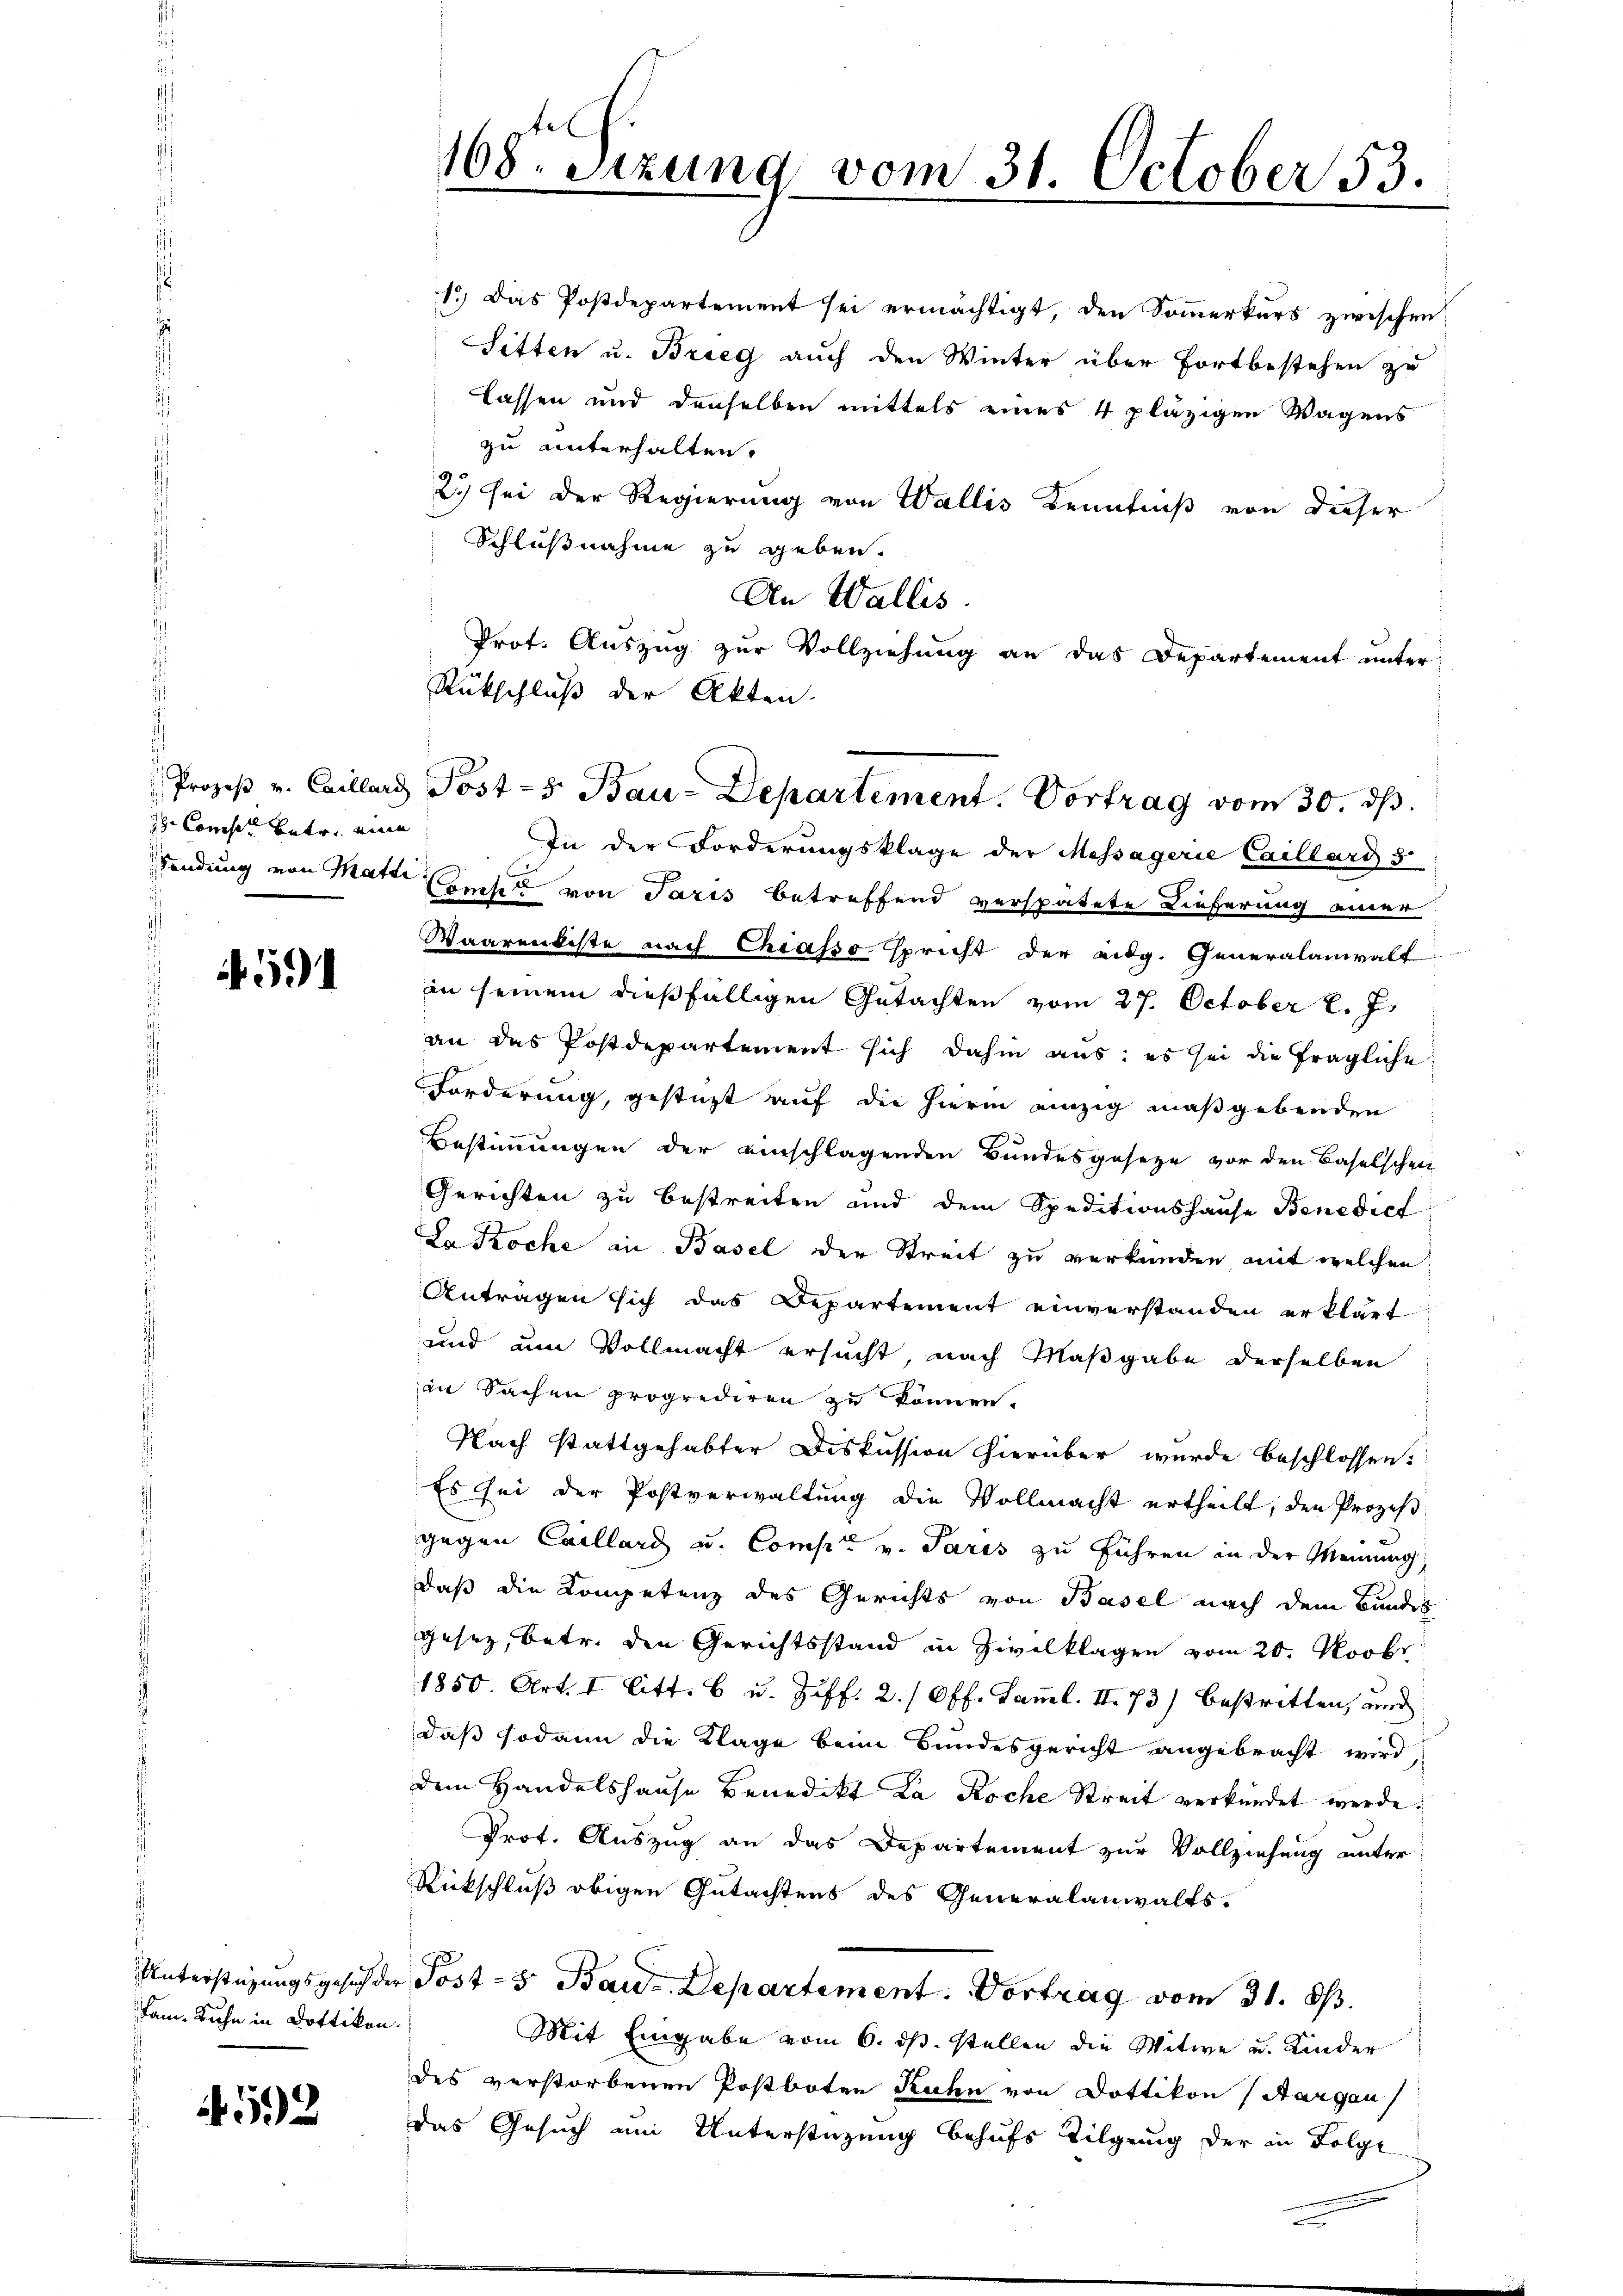
2 Conser Betr. eine

591

Fam. Rahn in Dottikon.

592

1.) Das Postdepartement sei ermächtigt, den Sommerkurs zwischen
Sitten u. Brieg auch den Winter über Fortbestehen zu
lassen und denselben mittels eines 4 pläzigen Wagens
zu unterhalten.
23) sei der Regierung von Wallis Kenntniß von dieser
Schlußnahme zu geben.
An Wallis.
Prot. Auszug zur Vollziehung an das Departement unter-
In der Forderungsklage der Messägerie Caillard 3
Sendung von Mater Beises von Paris betreffend verspätete Lieferung einer
Waarentiste nach Chiasso spricht der eidg. Generalanwalt
in seinem dießfälligen Gutachten vom 27. October l. Js.
an das Postdepartement sich dahin aus: es sei die fragliche
Forderung, gestüzt auf die hierin einzig maßgebenden
Bestimmungen der einschlagenden Bundesgeseze vor den Baselschen
Gerichten zu bestreiten und dem Speditionshause Benedict
La Roche in Basel der Streit zu verkunden, mit welchen
Antragen sich das Departement einverstanden erklärt
und um Vollmacht ersucht, nach Maßgabe derselben
an Sachen proprediren zu können.
Nach stattgehabter Diskussion hierüber wurde beschlossen:
Es sei der Postverwaltung die Vollmacht ertheilt, den Prozeβ-
gegen Caillard u. Comp. v. Paris zu führen in der Meinung,
daß die Kompetenz des Gerichts von Basel nach dem Bundes
gesetz, betr. den Gerichtsstand in Zivilklagen vom 20. Novbr.
1850. Art. I litt. b u. Ziff. 2. (Off. Saml. II 73) bestritten, und
daß sodann die Klage beim Bundesgericht angebracht wird,
dem Handelshause Benedikt La Roche Streit verkündet werde.
Prot. Auszug an das Departement zur Vollziehung unter
Rückschluß obigen Gutachtens des Generalanwalts-
Unterstüzungsgesich der Post- 5. Bau-Departement. Vortrag vom 31. O.
Mit Eingabe vom 6. ds. stellen die Mitwe und Kinder
des verstorbenen Postboten Kuhn von Dottikon (Aargau
das Gesuch am Unterstüzung behufs Tilgung der in Folge

168. Sizung vom 31. October 53.

Rückschluß der Akten.
Prozeβ u. Caillard Post-5 Bau-Departement. Vortrag vom 30. dβ.

e